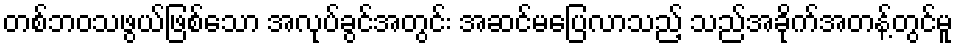
တစ်ဘဝသဖွယ်ဖြစ်သော အလုပ်ခွင်အတွင်း အဆင်မပြေလာသည့် သည်အခိုက်အတန့်တွင်မူ